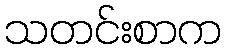
သတင်းစာက